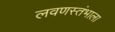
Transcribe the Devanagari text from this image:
लवणस्तंभाला